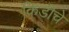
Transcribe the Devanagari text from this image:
किडीचे